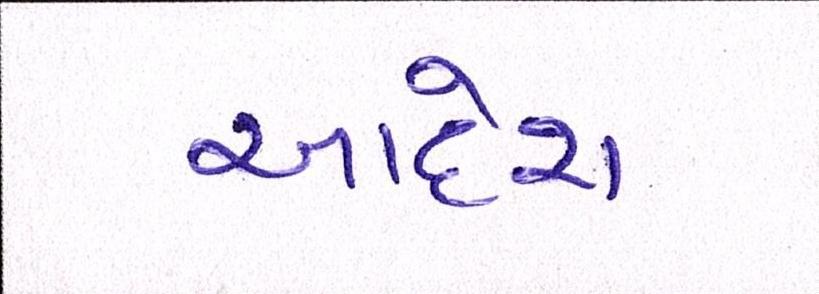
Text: આદેશ